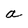
Character: a